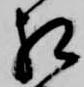
相